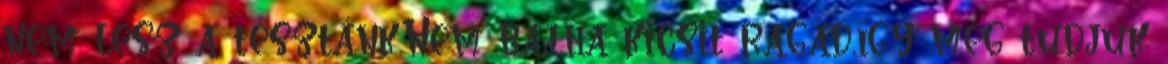
nem lesz a tésztánk.Nem baj,ha kicsit ragad,így meg tudjuk